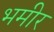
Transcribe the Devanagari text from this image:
भमीर